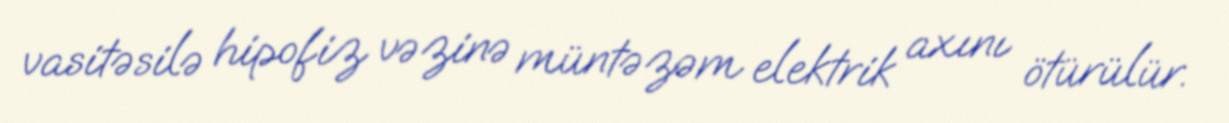
vasitəsilə hipofiz vəzinə müntəzəm elektrik axını ötürülür.